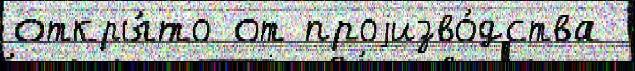
откры́то от проjизво́дства